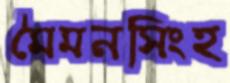
মৈমনসিংহ